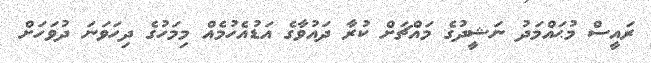
ރައީސް މުޙައްމަދު ނަޝީދުގެ މައްޗަށް ކުރާ ދައުވާގެ އަޑުއެހުމެއް މިމަހުގެ ދިހަވަނަ ދުވަހަށް